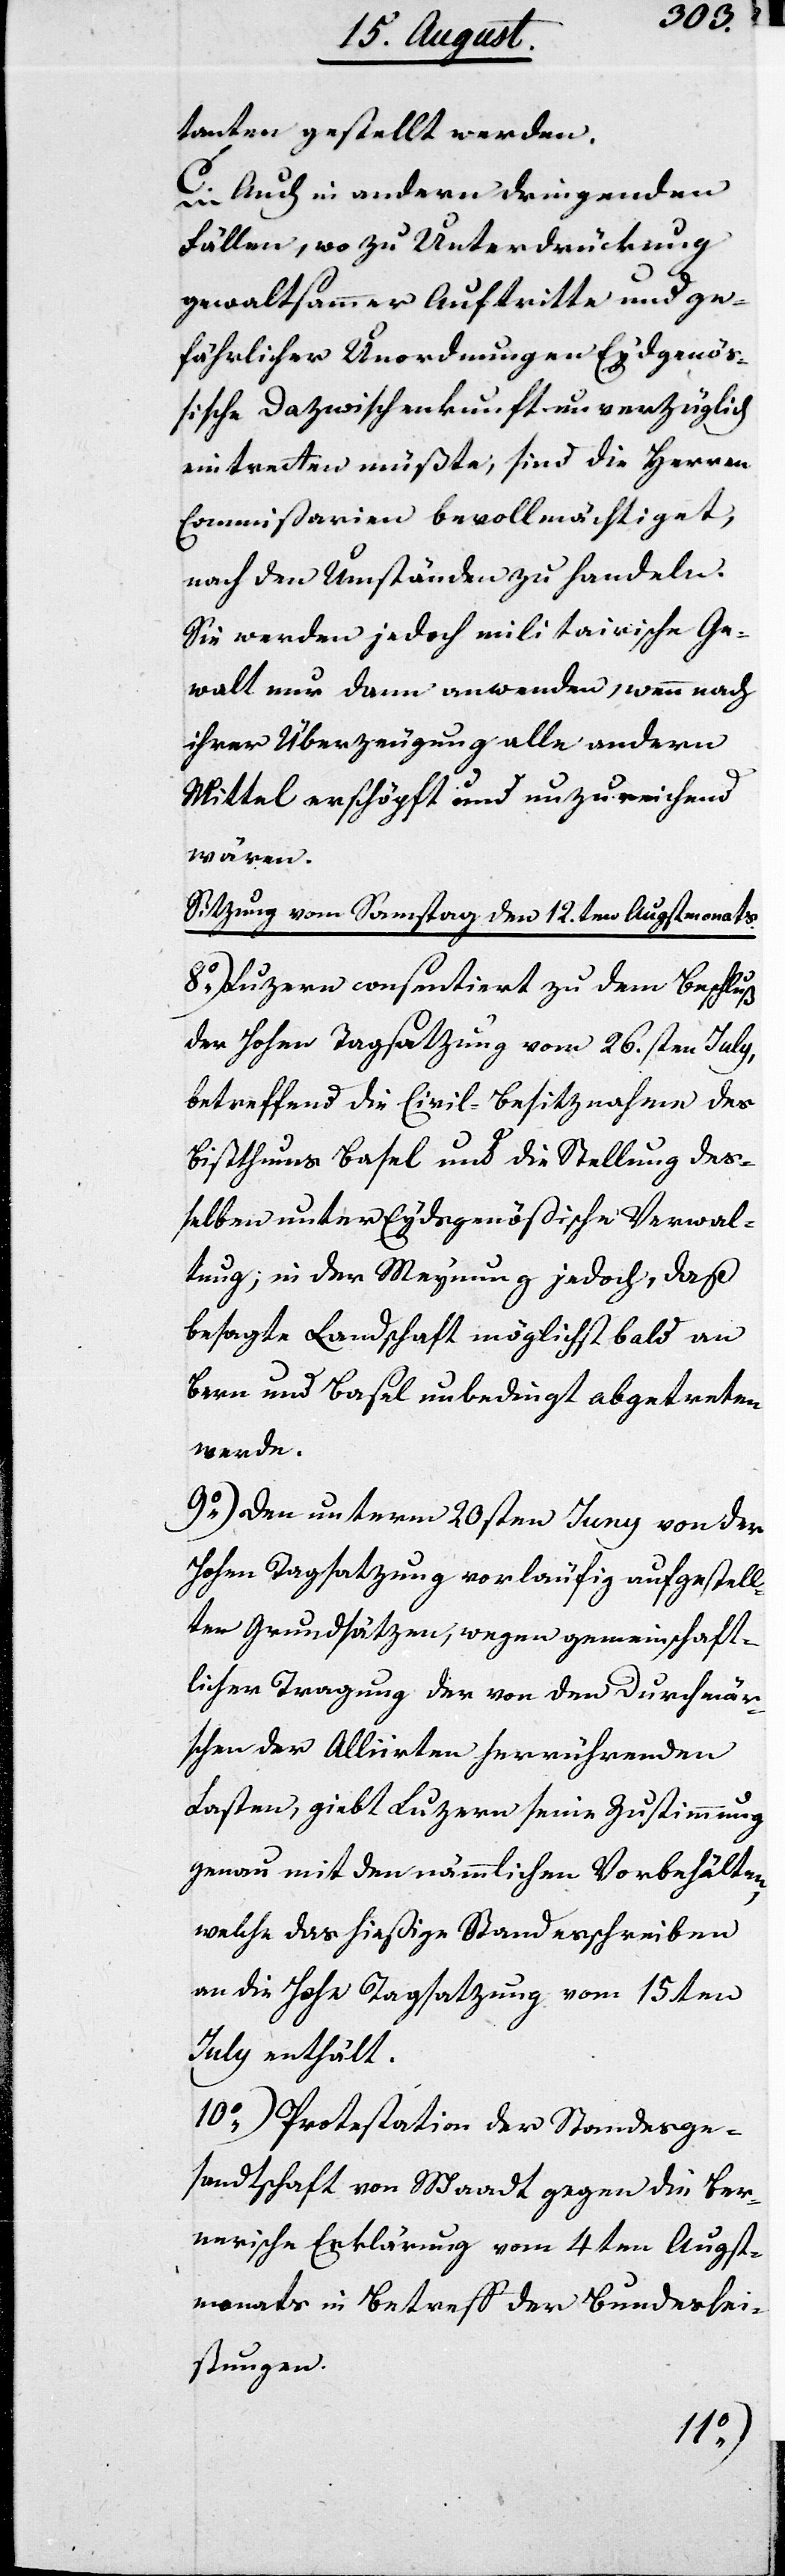
tanten gestellt werden.
C. Auch in andern dringenden
Fällen, wo zu Unterdrückung
gewaltsammer Auftritte und ge¬
fährlicher Unordnungen Eydgenöß¬
ische Dazwischenkunft unverzüglich
eintreten müßte, sind die Herren
Commißarien bevollmächtiget,
nach den Umständen zu handeln.
Sie werden jedoch militärische Ge¬
walt nur dann anwenden, wenn nach
ihrer Überzeugung alle andern
Mittel erschöpft und unzureichend
wären.
Sitzung vom Samstag den 12ten Augstmonats.
8.) Luzern consentiert zu dem Beschluß
der Hohen Tagsatzung vom 26sten July,
betreffend die Civil-Besitznahme des
Bisthums Basel und die Stellung deß¬
elben unter Eydsgenößische Verwal¬
tung; in der Meynung jedoch, daß
besagte Landschaft möglichst bald an
Bern und Basel unbedingt abgetreten
werde.
9.) Den unterm 20sten Juny von der
Hohen Tagsatzung vorläufig aufgestell¬
ten Grundsätzen, wegen gemeinschaft¬
licher Tragung der von den Durchmär¬
schen der Alliirten herrührenden
Lasten, giebt Luzern seine Zustimmung
genau mit den nämmlichen Vorbehälten,
welche das hießige Standesschreiben
an die Hohe Tagsatzung vom 15ten
July enthält.
10.) Protestation der Standesge¬
sandtschaft von Waadt gegen die Ber¬
nerische Erklärung vom 4ten Augst¬
monats in Betreff der Bundeslei¬
stungen.